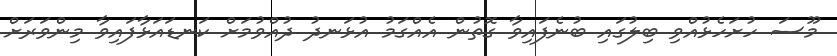
މޫސަ ހުށަހެޅުއްވި ބިލުގައި ބުނެފައިވާ ގޮތުން އެއްގަމު އުޅަނދު ދުއްވުމަށް ކަނޑައަޅާފައިވާ މިންވަރަށް